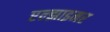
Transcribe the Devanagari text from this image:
एल्झाइमर